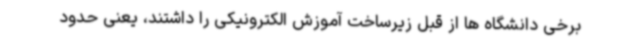
برخی دانشگاه ها از قبل زیرساخت آموزش الکترونیکی را داشتند، یعنی حدود